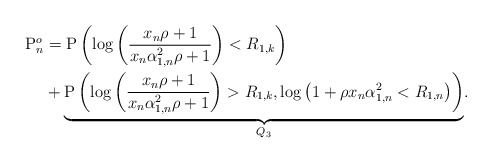
\begin{align*}\mathrm{P}^o_n &= \mathrm{P}\left( \log\left( \frac{x_n\rho+1}{ x_n \alpha_{1,n}^2\rho + 1}\right) <R_{1,k} \right)\\ &+ \underset{Q_3}{\underbrace{\mathrm{P}\left( \log\left( \frac{x_n\rho+1}{ x_n \alpha_{1,n}^2\rho + 1}\right) >R_{1,k},\log\left(1+\rho x_n\alpha_{1,n}^2<R_{1,n}\right) \right)}}.\end{align*}